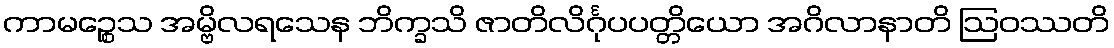
ကာမဉ္စေသ အမ္ဗိလရသေန ဘိက္ခသိ ဇာတိလိင်္ဂုပပတ္တိယော အဂိလာနာတိ ဩဝဿတိ